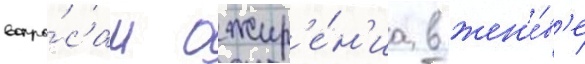
вопро́сам ожир'е́н'иа в жен'е́в'е